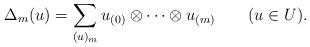
LaTeX: \begin{align*}\Delta_m(u)=\sum_{(u)_m}u_{(0)}\otimes\cdots\otimes u_{(m)}\qquad(u\in U).\end{align*}